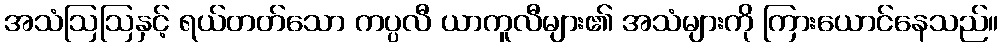
အသံဩဩနှင့် ရယ်တတ်သော ကပ္ပလီ ယာကူလီများ၏ အသံများကို ကြားယောင်နေသည်။